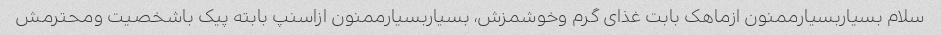
سلام بسیاربسیارممنون ازماهک بابت غذای گرم وخوشمزش، بسیاربسیارممنون ازاسنپ بابته پیک باشخصیت ومحترمش